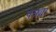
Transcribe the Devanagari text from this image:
पत्र्या